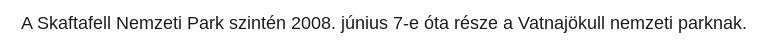
A Skaftafell Nemzeti Park szintén 2008. június 7-e óta része a Vatnajökull nemzeti parknak.